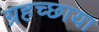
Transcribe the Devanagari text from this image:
ग्रहच्छाया